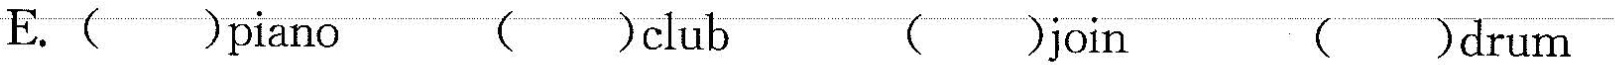
E.( )piano ( )club ( ) join ( )drum